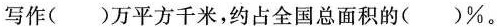
写作( )万平方千米，约占全国总面积的( )\%。